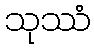
သုဿံ